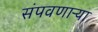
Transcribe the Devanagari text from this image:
संपवणाऱ्या